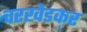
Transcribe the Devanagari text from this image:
वरखेडकर